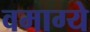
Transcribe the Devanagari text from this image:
वमाग्ये